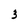
Character: 3